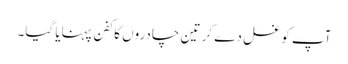
آپ کو غسل دے کر تین چادروں کا کفن پہنایا گیا۔